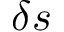
\delta s